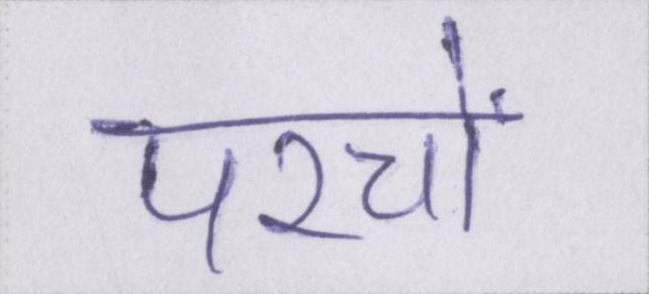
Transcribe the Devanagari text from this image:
परचों